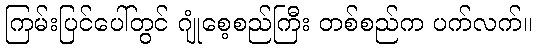
ကြမ်းပြင်ပေါ်တွင် ဂျုံစေ့စည်ကြီး တစ်စည်က ပက်လက်။